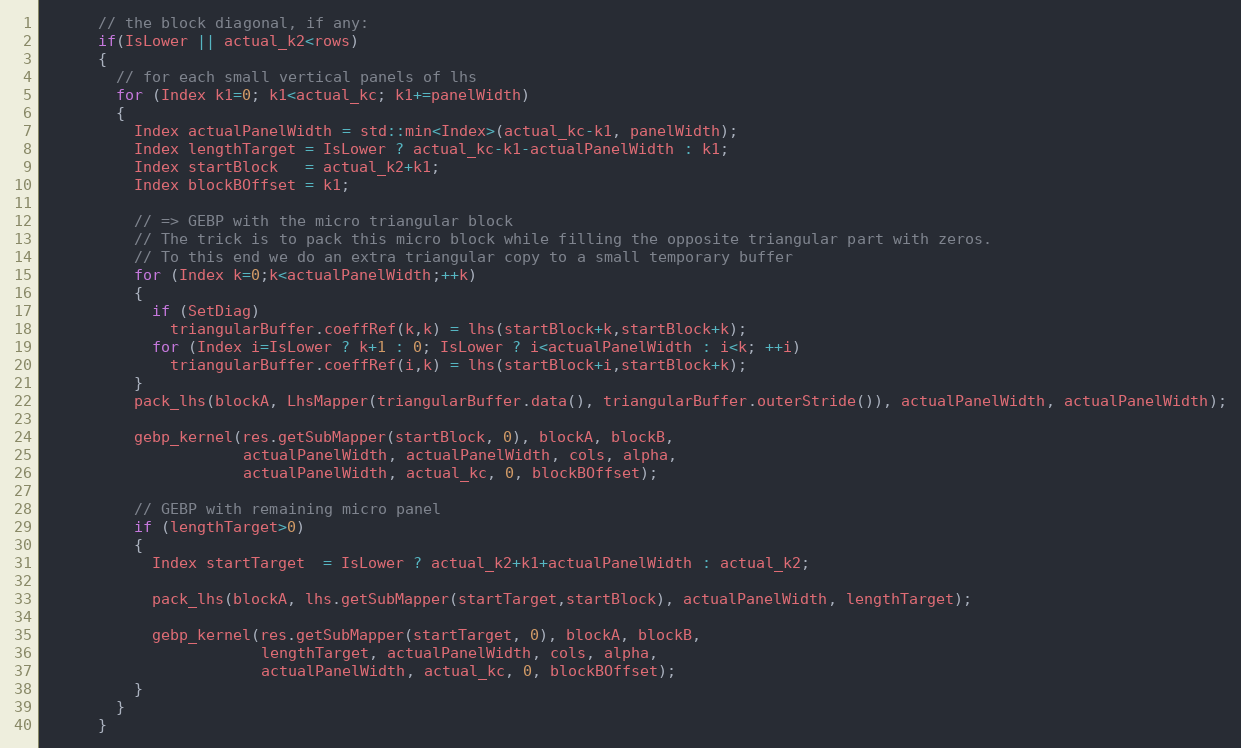
Language: C
      // the block diagonal, if any:
      if(IsLower || actual_k2<rows)
      {
        // for each small vertical panels of lhs
        for (Index k1=0; k1<actual_kc; k1+=panelWidth)
        {
          Index actualPanelWidth = std::min<Index>(actual_kc-k1, panelWidth);
          Index lengthTarget = IsLower ? actual_kc-k1-actualPanelWidth : k1;
          Index startBlock   = actual_k2+k1;
          Index blockBOffset = k1;

          // => GEBP with the micro triangular block
          // The trick is to pack this micro block while filling the opposite triangular part with zeros.
          // To this end we do an extra triangular copy to a small temporary buffer
          for (Index k=0;k<actualPanelWidth;++k)
          {
            if (SetDiag)
              triangularBuffer.coeffRef(k,k) = lhs(startBlock+k,startBlock+k);
            for (Index i=IsLower ? k+1 : 0; IsLower ? i<actualPanelWidth : i<k; ++i)
              triangularBuffer.coeffRef(i,k) = lhs(startBlock+i,startBlock+k);
          }
          pack_lhs(blockA, LhsMapper(triangularBuffer.data(), triangularBuffer.outerStride()), actualPanelWidth, actualPanelWidth);

          gebp_kernel(res.getSubMapper(startBlock, 0), blockA, blockB,
                      actualPanelWidth, actualPanelWidth, cols, alpha,
                      actualPanelWidth, actual_kc, 0, blockBOffset);

          // GEBP with remaining micro panel
          if (lengthTarget>0)
          {
            Index startTarget  = IsLower ? actual_k2+k1+actualPanelWidth : actual_k2;

            pack_lhs(blockA, lhs.getSubMapper(startTarget,startBlock), actualPanelWidth, lengthTarget);

            gebp_kernel(res.getSubMapper(startTarget, 0), blockA, blockB,
                        lengthTarget, actualPanelWidth, cols, alpha,
                        actualPanelWidth, actual_kc, 0, blockBOffset);
          }
        }
      }